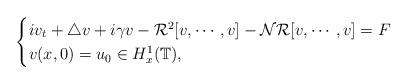
LaTeX: \begin{align*} \begin{cases} iv_t +\bigtriangleup v +i\gamma v- \mathcal{R}^2[v, \cdots, v]-\mathcal{NR}[v, \cdots, v]= F\\ v(x,0) = u_0\in H^1_x(\mathbb{T}), \end{cases}\end{align*}